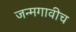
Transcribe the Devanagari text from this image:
जन्मगावीच